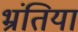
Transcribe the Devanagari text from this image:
भ्रंतियां